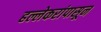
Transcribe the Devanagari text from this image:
हल्लेकरांपासून